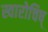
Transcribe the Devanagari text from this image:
स्वारोचिष्‌